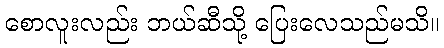
စောလူးလည်း ဘယ်ဆီသို့ ပြေးလေသည်မသိ။